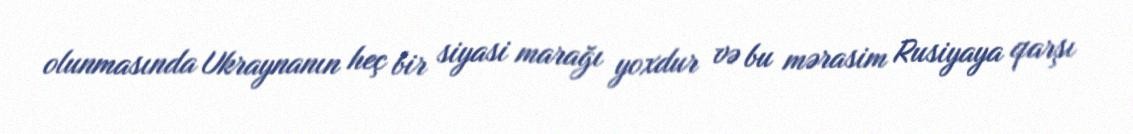
olunmasında Ukraynanın heç bir siyasi marağı yoxdur və bu mərasim Rusiyaya qarşı